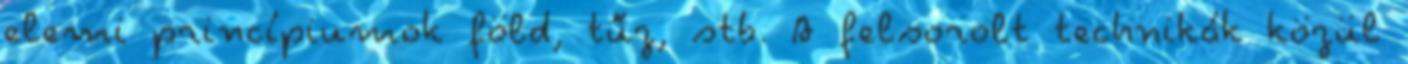
elemi princípiumok föld, tűz, stb. A felsorolt technikák közül